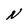
Character: N